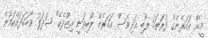
މީހެއް އަހަރެންގެ ފުރަތަމަ ލޯބި އަދިވެސް އަހަރެން ލޯބިވަނީ އިޒޫދެކެ" ޝަދަފު ވާހަކަދައްކަމުން